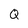
Character: Q